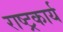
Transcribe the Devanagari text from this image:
राष्ट्रकार्य